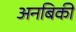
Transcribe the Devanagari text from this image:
अनबिकी